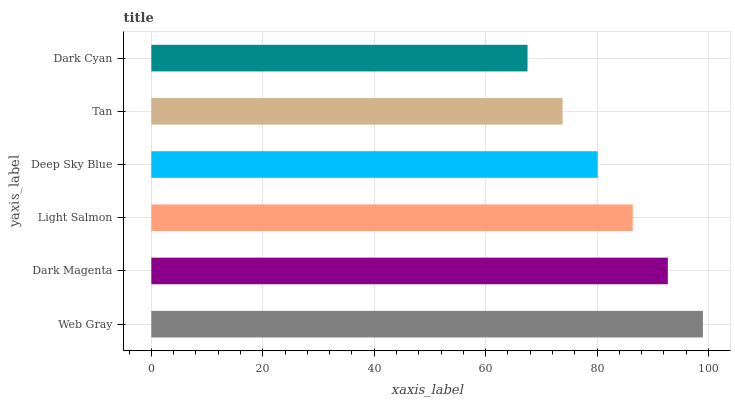
| yaxis_label | bars |
 | --- | --- |
 | Web Gray | 99 |
 | Dark Magenta | 92.7 |
 | Light Salmon | 86.4 |
 | Deep Sky Blue | 80.1 |
 | Tan | 73.8 |
 | Dark Cyan | 67.5 |